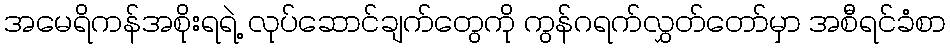
အမေရိကန်အစိုးရရဲ့ လုပ်ဆောင်ချက်တွေကို ကွန်ဂရက်လွှတ်တော်မှာ အစီရင်ခံစာ